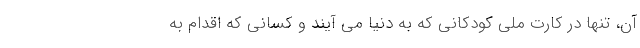
آن، تنها در کارت ملی کودکانی که به دنیا می آیند و کسانی که اقدام به